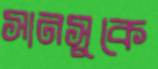
সানসুকে